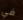
في